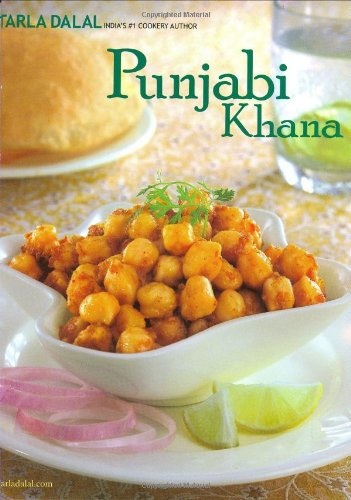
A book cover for Punjabi Khana; Tarla Dalal; Cookbooks, Food & Wine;